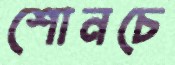
শোনচে